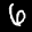
Label: 6